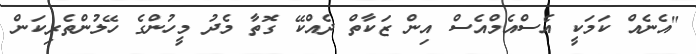
"އެނެއް ކަމަކީ އެސްއެމްއެސް އިން ޒަކާތް ދެއްކޭ ގޮތާ މެދު މީހުންގެ ހޭލުންތެރިކަން